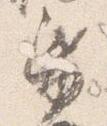
帋